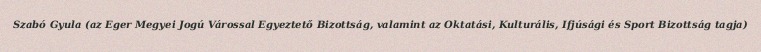
Szabó Gyula (az Eger Megyei Jogú Várossal Egyeztető Bizottság, valamint az Oktatási, Kulturális, Ifjúsági és Sport Bizottság tagja)